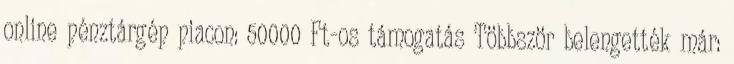
online pénztárgép piacon: 50000 Ft-os támogatás Többször belengették már: